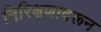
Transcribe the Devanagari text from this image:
निरिक्षणावरून